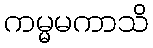
ကမ္မမကာသိ